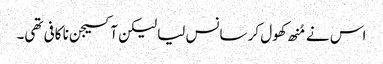
اس نے مُنھ کھول کر سانس لیا لیکن آکسیجن نا کافی تھی۔